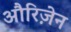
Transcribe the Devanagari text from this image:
औरिज़ेन